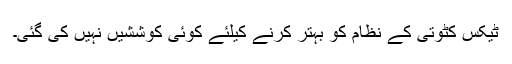
ٹیکس کٹوتی کے نظام کو بہتر کرنے کیلئے کوئی کوششیں نہیں کی گئی۔